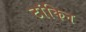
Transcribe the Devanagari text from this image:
टांकिन